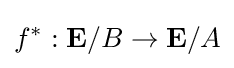
f^{*}:\mathbf {E} /B\rightarrow \mathbf {E} /A